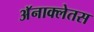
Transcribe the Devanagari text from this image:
अॅनाक्लेतस